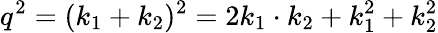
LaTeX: q^{2}=(k_{1}+k_{2})^{2}=2k_{1}\cdot k_{2}+k_{1}^{2}+k_{2}^{2}